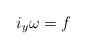
LaTeX: \begin{align*}i_y \omega = f\end{align*}